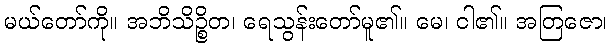
မယ်တော်ကို။ အဘိသိဉ္စိတ၊ ရေသွန်းတော်မူ၏။ မေ၊ ငါ၏။ အတြဇော၊